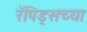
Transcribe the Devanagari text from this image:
रॅपिड्सच्या